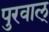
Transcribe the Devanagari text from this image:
पुरवाल्